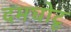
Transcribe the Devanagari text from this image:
दमघोटू